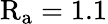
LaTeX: \mathrm{R_{a}}=1.1